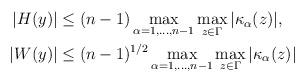
LaTeX: \begin{align*} \begin{aligned} |H(y)| &\leq (n-1)\max_{\alpha=1,\dots,n-1}\max_{z\in\Gamma}|\kappa_\alpha(z)|, \\ |W(y)| &\leq (n-1)^{1/2}\max_{\alpha=1,\dots,n-1}\max_{z\in\Gamma}|\kappa_\alpha(z)| \end{aligned}\end{align*}